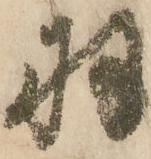
羽